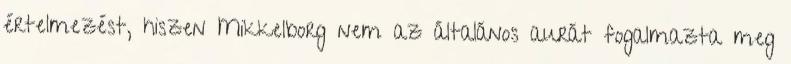
értelmezést, hiszen Mikkelborg nem az általános aurát fogalmazta meg